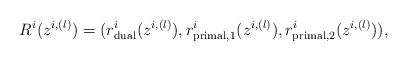
LaTeX: \begin{align*}R^{i}(z^{i,(l)})=(r_{\textrm{dual}}^i(z^{i,(l)}),r_{\textrm{primal,1}}^i(z^{i,(l)}),r_{\textrm{primal,2}}^i(z^{i,(l)})),\end{align*}